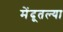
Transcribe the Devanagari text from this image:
मेंदूतल्या